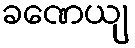
ခဏေယျ